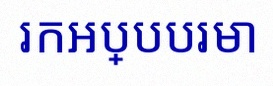
រកអប្បបរមា